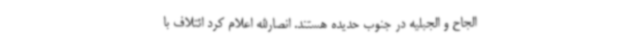
الجاح و الجبلیه در جنوب حدیده هستند. انصارالله اعلام کرد ائتلاف با